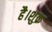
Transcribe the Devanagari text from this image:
है।शुक्र